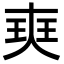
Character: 㻎